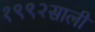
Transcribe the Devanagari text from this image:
१९९२साली